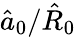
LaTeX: \hat{a}_{0}/\hat{R}_{0}